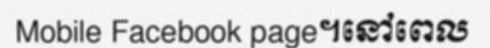
Mobile Facebook page។នៅពេល